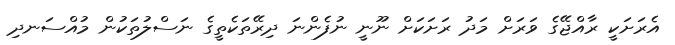
އެރަށަކީ ރާއްޖޭގެ ވަރަށް މަދު ރަށަކަށް ނޫނީ ނުފެންނަ ދިރޭތަކެތީގެ ނަސްލުތަކުން މުއްސަނދި